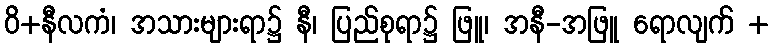
ဝိ+နီလကံ၊ အသားများရာ၌ နီ၊ ပြည်စုရာ၌ ဖြူ၊ အနီ-အဖြူ ရောလျက် +